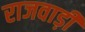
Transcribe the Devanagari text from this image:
राजवाड़ी